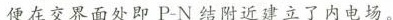
便在交界面处即P-N结附近建立了内电场。